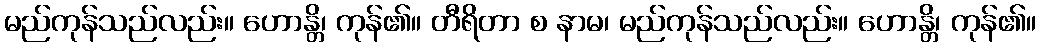
မည်ကုန်သည်လည်း။ ဟောန္တိ၊ ကုန်၏။ တီရိတာ စ နာမ၊ မည်ကုန်သည်လည်း။ ဟောန္တိ၊ ကုန်၏။